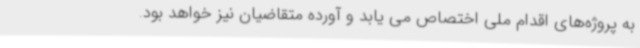
به پروژه‌های اقدام ملی اختصاص می یابد و آورده متقاضیان نیز خواهد بود.